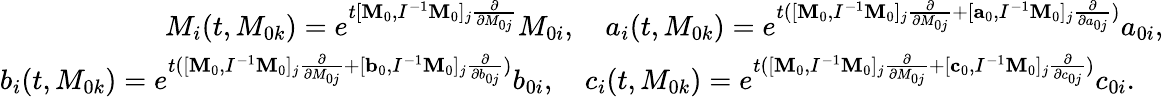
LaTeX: \begin{array}{r}{M_{i}(t,M_{0k})=e^{t[{\mathbf M}_{0},I^{-1}{\mathbf M}_{0}]_{j}\frac{\partial}{\partial M_{0j}}}M_{0i},\quad a_{i}(t,M_{0k})=e^{t([{\mathbf M}_{0},I^{-1}{\mathbf M}_{0}]_{j}\frac{\partial}{\partial M_{0j}}+[{\mathbf a}_{0},I^{-1}{\mathbf M}_{0}]_{j}\frac{\partial}{\partial a_{0j}})}a_{0i},}\\ {b_{i}(t,M_{0k})=e^{t([{\mathbf M}_{0},I^{-1}{\mathbf M}_{0}]_{j}\frac{\partial}{\partial M_{0j}}+[{\mathbf b}_{0},I^{-1}{\mathbf M}_{0}]_{j}\frac{\partial}{\partial b_{0j}})}b_{0i},\quad c_{i}(t,M_{0k})=e^{t([{\mathbf M}_{0},I^{-1}{\mathbf M}_{0}]_{j}\frac{\partial}{\partial M_{0j}}+[{\mathbf c}_{0},I^{-1}{\mathbf M}_{0}]_{j}\frac{\partial}{\partial c_{0j}})}c_{0i}.\quad}\end{array}